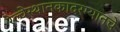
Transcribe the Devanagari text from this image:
रेल्वेस्थानकादरम्यानचे